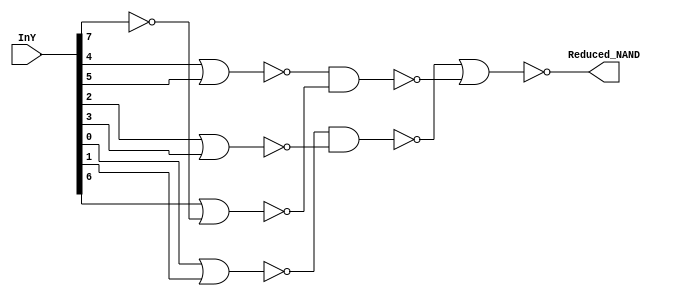
// Copyright (C) 1991-2013 Altera Corporation
// Your use of Altera Corporation's design tools, logic functions 
// and other software and tools, and its AMPP partner logic 
// functions, and any output files from any of the foregoing 
// (including device programming or simulation files), and any 
// associated documentation or information are expressly subject 
// to the terms and conditions of the Altera Program License 
// Subscription Agreement, Altera MegaCore Function License 
// Agreement, or other applicable license agreement, including, 
// without limitation, that your use is for the sole purpose of 
// programming logic devices manufactured by Altera and sold by 
// Altera or its authorized distributors.  Please refer to the 
// applicable agreement for further details.

// PROGRAM		"Quartus II 64-Bit"
// VERSION		"Version 13.0.1 Build 232 06/12/2013 Service Pack 1 SJ Full Version"
// CREATED		"Wed Nov 06 13:53:45 2013"

module NAND8_reducer(
	InY,
	Reduced_NAND
);


input wire	[7:0] InY;
output wire	Reduced_NAND;

wire	SYNTHESIZED_WIRE_0;
wire	SYNTHESIZED_WIRE_1;
wire	SYNTHESIZED_WIRE_2;
wire	SYNTHESIZED_WIRE_3;
wire	SYNTHESIZED_WIRE_4;
wire	SYNTHESIZED_WIRE_5;
wire	SYNTHESIZED_WIRE_6;




assign	SYNTHESIZED_WIRE_5 = ~(InY[4] | InY[5]);

assign	SYNTHESIZED_WIRE_4 = ~(InY[2] | InY[3]);

assign	SYNTHESIZED_WIRE_2 =  ~InY[7];

assign	SYNTHESIZED_WIRE_3 = ~(InY[0] | InY[1]);

assign	Reduced_NAND = ~(SYNTHESIZED_WIRE_0 | SYNTHESIZED_WIRE_1);

assign	SYNTHESIZED_WIRE_6 = ~(InY[6] | SYNTHESIZED_WIRE_2);

assign	SYNTHESIZED_WIRE_0 = ~(SYNTHESIZED_WIRE_3 & SYNTHESIZED_WIRE_4);

assign	SYNTHESIZED_WIRE_1 = ~(SYNTHESIZED_WIRE_5 & SYNTHESIZED_WIRE_6);


endmodule